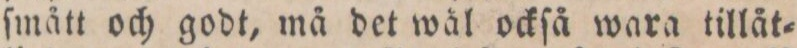
ſmått och godt, må det wål ockſå wara tillåt=